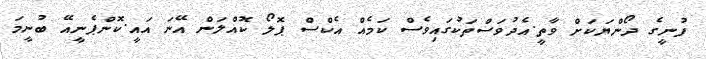
ފުނީގެ ދޯންޔަކަށް ވާތީ.އެދުވަސްތަކުގައިވެސް ކަމެއް އެކްސް ޕޮލޯ ކޮއްލަން އޭނަ އައީ.ކޮންޕެނީއޭ ބުނީމަ